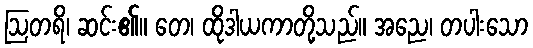
ဩတရိ၊ ဆင်း၏။ တေ၊ ထိုဒါယကာတို့သည်။ အညေ၊ တပါးသော